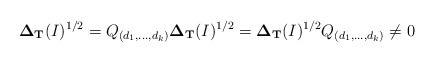
LaTeX: \begin{align*}{\bf \Delta_{T}}(I)^{1/2}=Q_{(d_1,\ldots, d_k)}{\bf \Delta_{T}}(I)^{1/2}={\bf \Delta_{T}}(I)^{1/2}Q_{(d_1,\ldots, d_k)}\neq 0\end{align*}